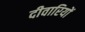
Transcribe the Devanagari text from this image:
दीवारियों